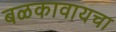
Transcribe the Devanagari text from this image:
बळकावायचा